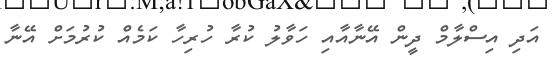
އަދި އިސްލާމް ދީން އޭނާއާއި ހަވާލު ކުރާ ހުރިހާ ކަމެއް ކުރުމަށް އޭނާ